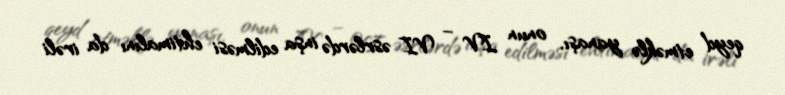
qeyd etməklə yanaşı, onun IV – VI əsrlərdə inşa edilməsi ehtimalını da irəli